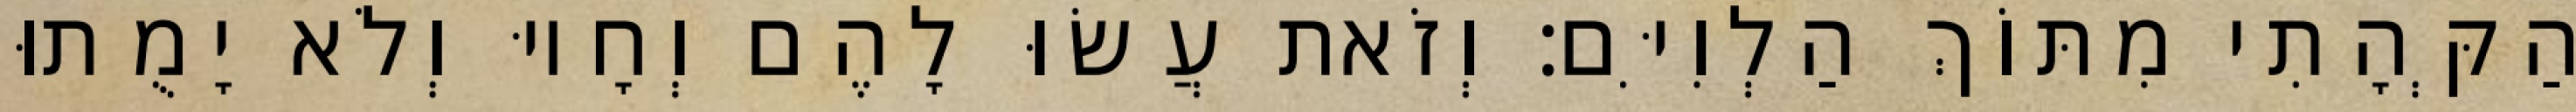
הַקְּהָתִי מִתּוֹךְ הַלְוִיִּם׃ וְזֹאת עֲשׂוּ לָהֶם וְחָיוּ וְלֹא יָמֻתוּ